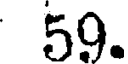
59.